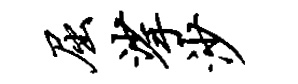
屈挲沙